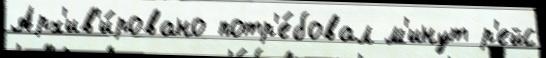
Арх'ив'и́ровано потр'е́бовал м'инут р'ейс